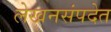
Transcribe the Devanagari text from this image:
लेखनसंपदेत